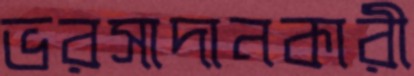
ভরসাদানকারী